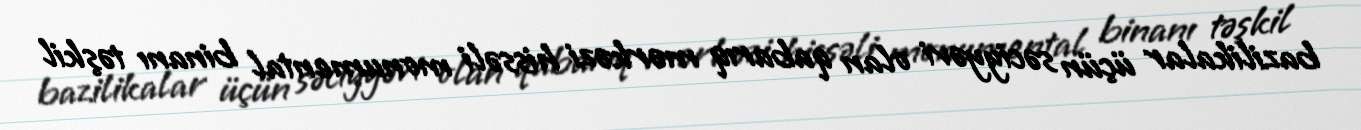
bazilikalar üçün səciyyəvi olan qabarıq mərkəzi hissəli monumental binanı təşkil